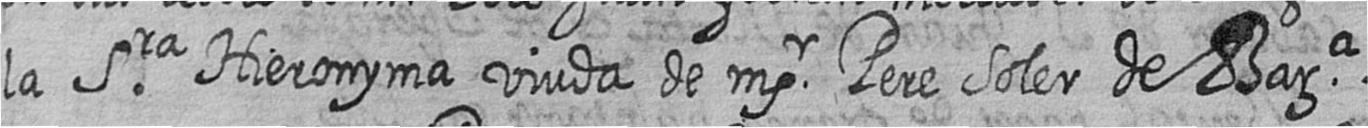
la Sra Hieronyma viuda de msr Pere Soler de Bara